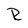
Character: R